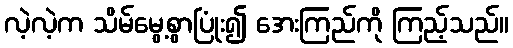
လဲ့လဲ့က သိမ်မွေ့စွာပြုံး၍ အေးကြည်ကို ကြည့်သည်။